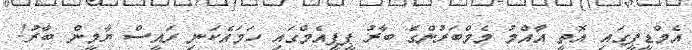
އެމްޑީޕީގައި އޮތީ އާއްމު މެމްބަރުންގެ ބާރު ޕީޕީއެމްގައި ހަމައެކަނި ރައީސް ޔާމީން ބާރު!